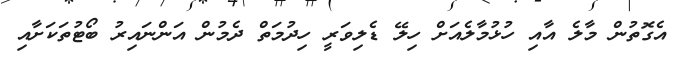
އެގޮތުުން މާލެ އާއި ހުޅުމާލެއަށް ހިލޭ ޑެލިވަރީ ހިދުމަތް ދެމުން އަންނައިރު ބޯޓުތަކަށާއި